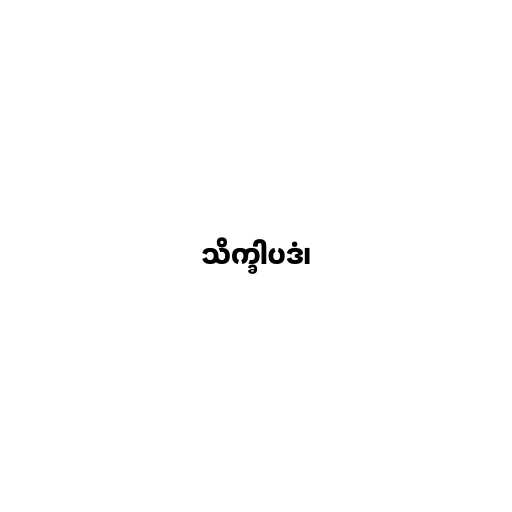
သိက္ခါပဒံ၊